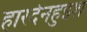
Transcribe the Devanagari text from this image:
हारदेनहुइश